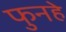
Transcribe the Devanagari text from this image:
फुनहे